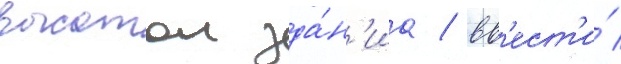
высотои зда́н'иа / вв'ест'и́